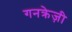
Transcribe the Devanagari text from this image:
गनक्रेज़ी